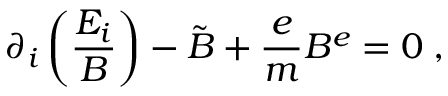
\partial _ { i } \left( \frac { E _ { i } } { B } \right) - \tilde { B } + \frac { e } { m } B ^ { e } = 0 \; ,